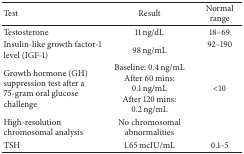
| Test | Result | Normal range |
 | --- | --- | --- |
 | Testosterone | 11 ng/dL | 18–69 |
 | Insulin-like growth factor-1 level (IGF-1) | 98 ng/mL | 92–190 |
 | Growth hormone (GH) suppression test after a 75-gram oral glucose challenge | Baseline: 0.4 ng/mLAfter 60 mins: 0.1 ng/mL After 120 mins: 0.2 ng/mL | <10 |
 | High-resolution chromosomal analysis | No chromosomal abnormalities |  |
 | TSH | 1.65 mcIU/mL | 0.1–5 |